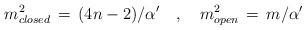
LaTeX: \begin{align*}m_{closed}^2\,=\,(4n-2)/{\alpha'}\,\,\,\,\,\,,\,\,\,\,\,\,m_{open}^2\,=\,m/{\alpha'}\end{align*}